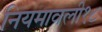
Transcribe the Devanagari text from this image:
नियमावली१८